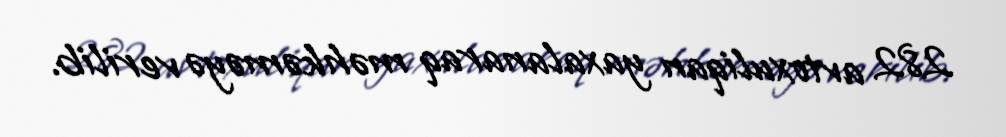
282 avtoxuliqan yaxalanaraq məhkəməyə verilib.